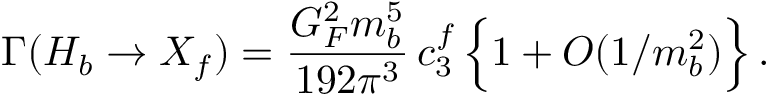
\Gamma ( H _ { b } \to X _ { f } ) = { \frac { G _ { F } ^ { 2 } m _ { b } ^ { 5 } } { 1 9 2 \pi ^ { 3 } } } \, c _ { 3 } ^ { f } \, \Big \{ 1 + O ( 1 / m _ { b } ^ { 2 } ) \Big \} \, .